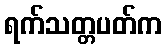
ရက်သတ္တပတ်က